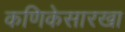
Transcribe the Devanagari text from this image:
कणिकेसारखा